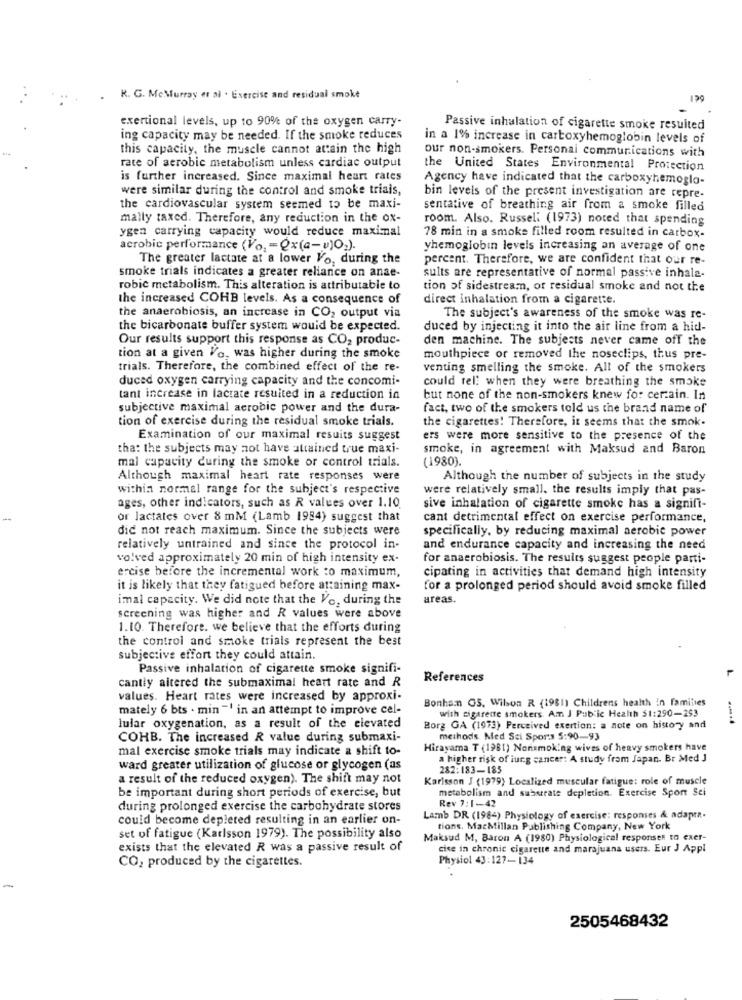
.
R. G. McMurray et al . Exercise and residual smoke
199
exertional levels, up to 90% of the oxygen carry-
Passive inhalation of cigarette smoke resulted
ing capacity may be needed. If the smoke reduces
in a 1% increase in carboxyhemoglobin levels of
this capacity, the muscle cannot attain the high
our non-smokers. Personal communications with
rate of aerobic metabolism unless cardiac output
the United States Environmental Protection
is further increased. Since maximal heart rates
Agency have indicated that the carboxyhemoglo-
were similar during the control and smoke trials,
bin levels of the present investigation are repre-
the cardiovascular system seemed to be maxi-
sentative of breathing air from a smoke filled
mally taxed. Therefore, any reduction in the ox-
room. Also. Russel: (1973) noted that spending
ygen carrying capacity would reduce maximal
78 min in a smoke filled room resulted in carbox-
aerobic performance (Vo, = Qx(a-u)O;).
yhemoglobin levels increasing an average of one
The greater lactate at a lower Vo, during the
percent. Therefore, we are confident that our re-
smoke trials indicates a greater reliance on anae-
sults are representative of normal passive inhala-
robic metabolism. This alteration is attributable to
tion of sidestream, or residual smoke and not the
the increased COHB levels. As a consequence of
direct inhalation from a cigarette.
the anaerobiosis, an increase in CO, output via
The subject's awareness of the smoke was re-
the bicarbonate buffer system would be expected.
duced by injecting it into the air line from a hid-
Our results support this response as CO2 produc-
den machine. The subjects never came off the
tion at a given Vo, was higher during the smoke
mouthpiece or removed the noseclips, thus pre-
trials. Therefore, the combined effect of the re-
venting smelling the smoke. All of the smokers
duced oxygen carrying capacity and the concomi-
could tel: when they were breathing the smoke
tant increase in lactate resulted in a reduction in
but none of the non-smokers knew for certain. In
subjective maximal aerobic power and the dura-
fact, two of the smokers told us the brand name of
tion of exercise during the residual smoke trials.
the cigarettes! Therefore, it seems that the smok-
Examination of our maximal resuits suggest
ers were more sensitive to the presence of the
that the subjects may not have attained true maxi-
smoke, in agreement with Maksud and Baron
mal capacity during the smoke or control trials.
(1980).
Although maximal heart rate responses were
Although the number of subjects in the study
within normal range for the subject's respective
were relatively small, the results imply that pas-
ages, other indicators, such as R values over 1.10.
sive inhalation of cigarette smoke has a signifi-
or lactates over 8 mM (Lamb 1984) suggest that
cant detrimental effect on exercise performance,
did not reach maximum. Since the subjects were
specifically, by reducing maximal aerobic power
relatively untrained and since the protocol in-
and endurance capacity and increasing the need
volved approximately 20 min of high intensity ex-
for anaerobiosis. The results suggest people parti-
ercise before the incremental work :o maximum,
cipating in activities that demand high intensity
it is likely that they fatigued before attaining max-
for a prolonged period should avoid smoke filled
imal capacity. We did note that the Vo, during the
areas.
screening was higher and R values were above
1.10. Therefore. we believe that the efforts during
the control and smoke trials represent the best
subjective effort they could attain.
Passive inhalation of cigarette smoke signifi-
cantiy aitered the submaximal heart rate and R
References
values. Heart rates were increased by approxi-
Bonham GS. Wilson R (1981) Childrens health In families
mately 6 bts . min "! in an attempt to improve cel-
with cigarette smokers. Am J Public Health $1:290-293
lular oxygenation, as a result of the elevated
Borg GA (1973) Perceived exertion: a note on history and
COHB. The increased R value during submaxi-
methods. Med Sci Spor:3 5:90-93
mal exercise smoke trials may indicate a shift to-
Hirayama T (1981) Nonsmoking wives of heavy smokers have
a higher risk of lung cancer: A study from Japan. Br Med J
ward greater utilization of glucose or glycogen (as
282:183-185
a result of the reduced oxygen). The shift may not
Karlsson J (1979) Localized muscular fatigue: role of muscle
be important during short periods of exercise, but
metabolism and substrate depletion. Exercise Sport Sci
during prolonged exercise the carbohydrate stores
Rev 7:1-42
could become depleted resulting in an earlier on-
Lamb DR (1984) Physiology of exercise: responses & adapta-
tions. MacMillan Publishing Company, New York
set of fatigue (Karlsson 1979). The possibility also
Maksud M, Baron A (1980) Physiological responses to exer-
exists that the elevated R was a passive result of
cise in chronic cigarette and marajuana users. Eur J Appl
Physiol 43:127-134
CO, produced by the cigarettes.
2505468432